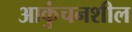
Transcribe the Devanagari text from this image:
आकुंचनशील